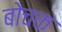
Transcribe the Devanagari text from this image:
बोचक